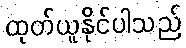
ထုတ်ယူနိုင်ပါသည်